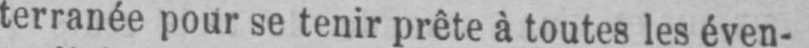
terranée pour se tenir prête à toutes les éven-